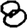
Digit: 8